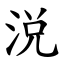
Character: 涚